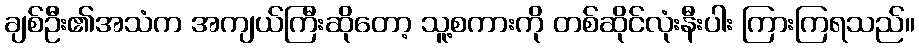
ချစ်ဦး၏အသံက အကျယ်ကြီးဆိုတော့ သူ့စကားကို တစ်ဆိုင်လုံးနီးပါး ကြားကြရသည်။